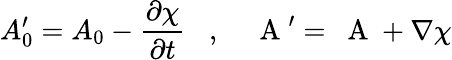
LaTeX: A_{0}^{\prime}=A_{0}-\frac{\partial\chi}{\partial t}\; \; \; ,\; \; \; \mathrm{~\mathbf~A~}^{\prime}=\mathrm{~\mathbf~A~}+\nabla\chi